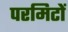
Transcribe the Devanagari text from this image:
परमिटों